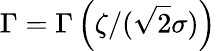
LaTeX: \Gamma=\Gamma\left(\zeta/(\sqrt{2}\sigma)\right)